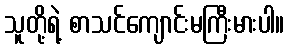
သူတို့ရဲ့ စာသင်ကျောင်းမကြီးမားပါ။